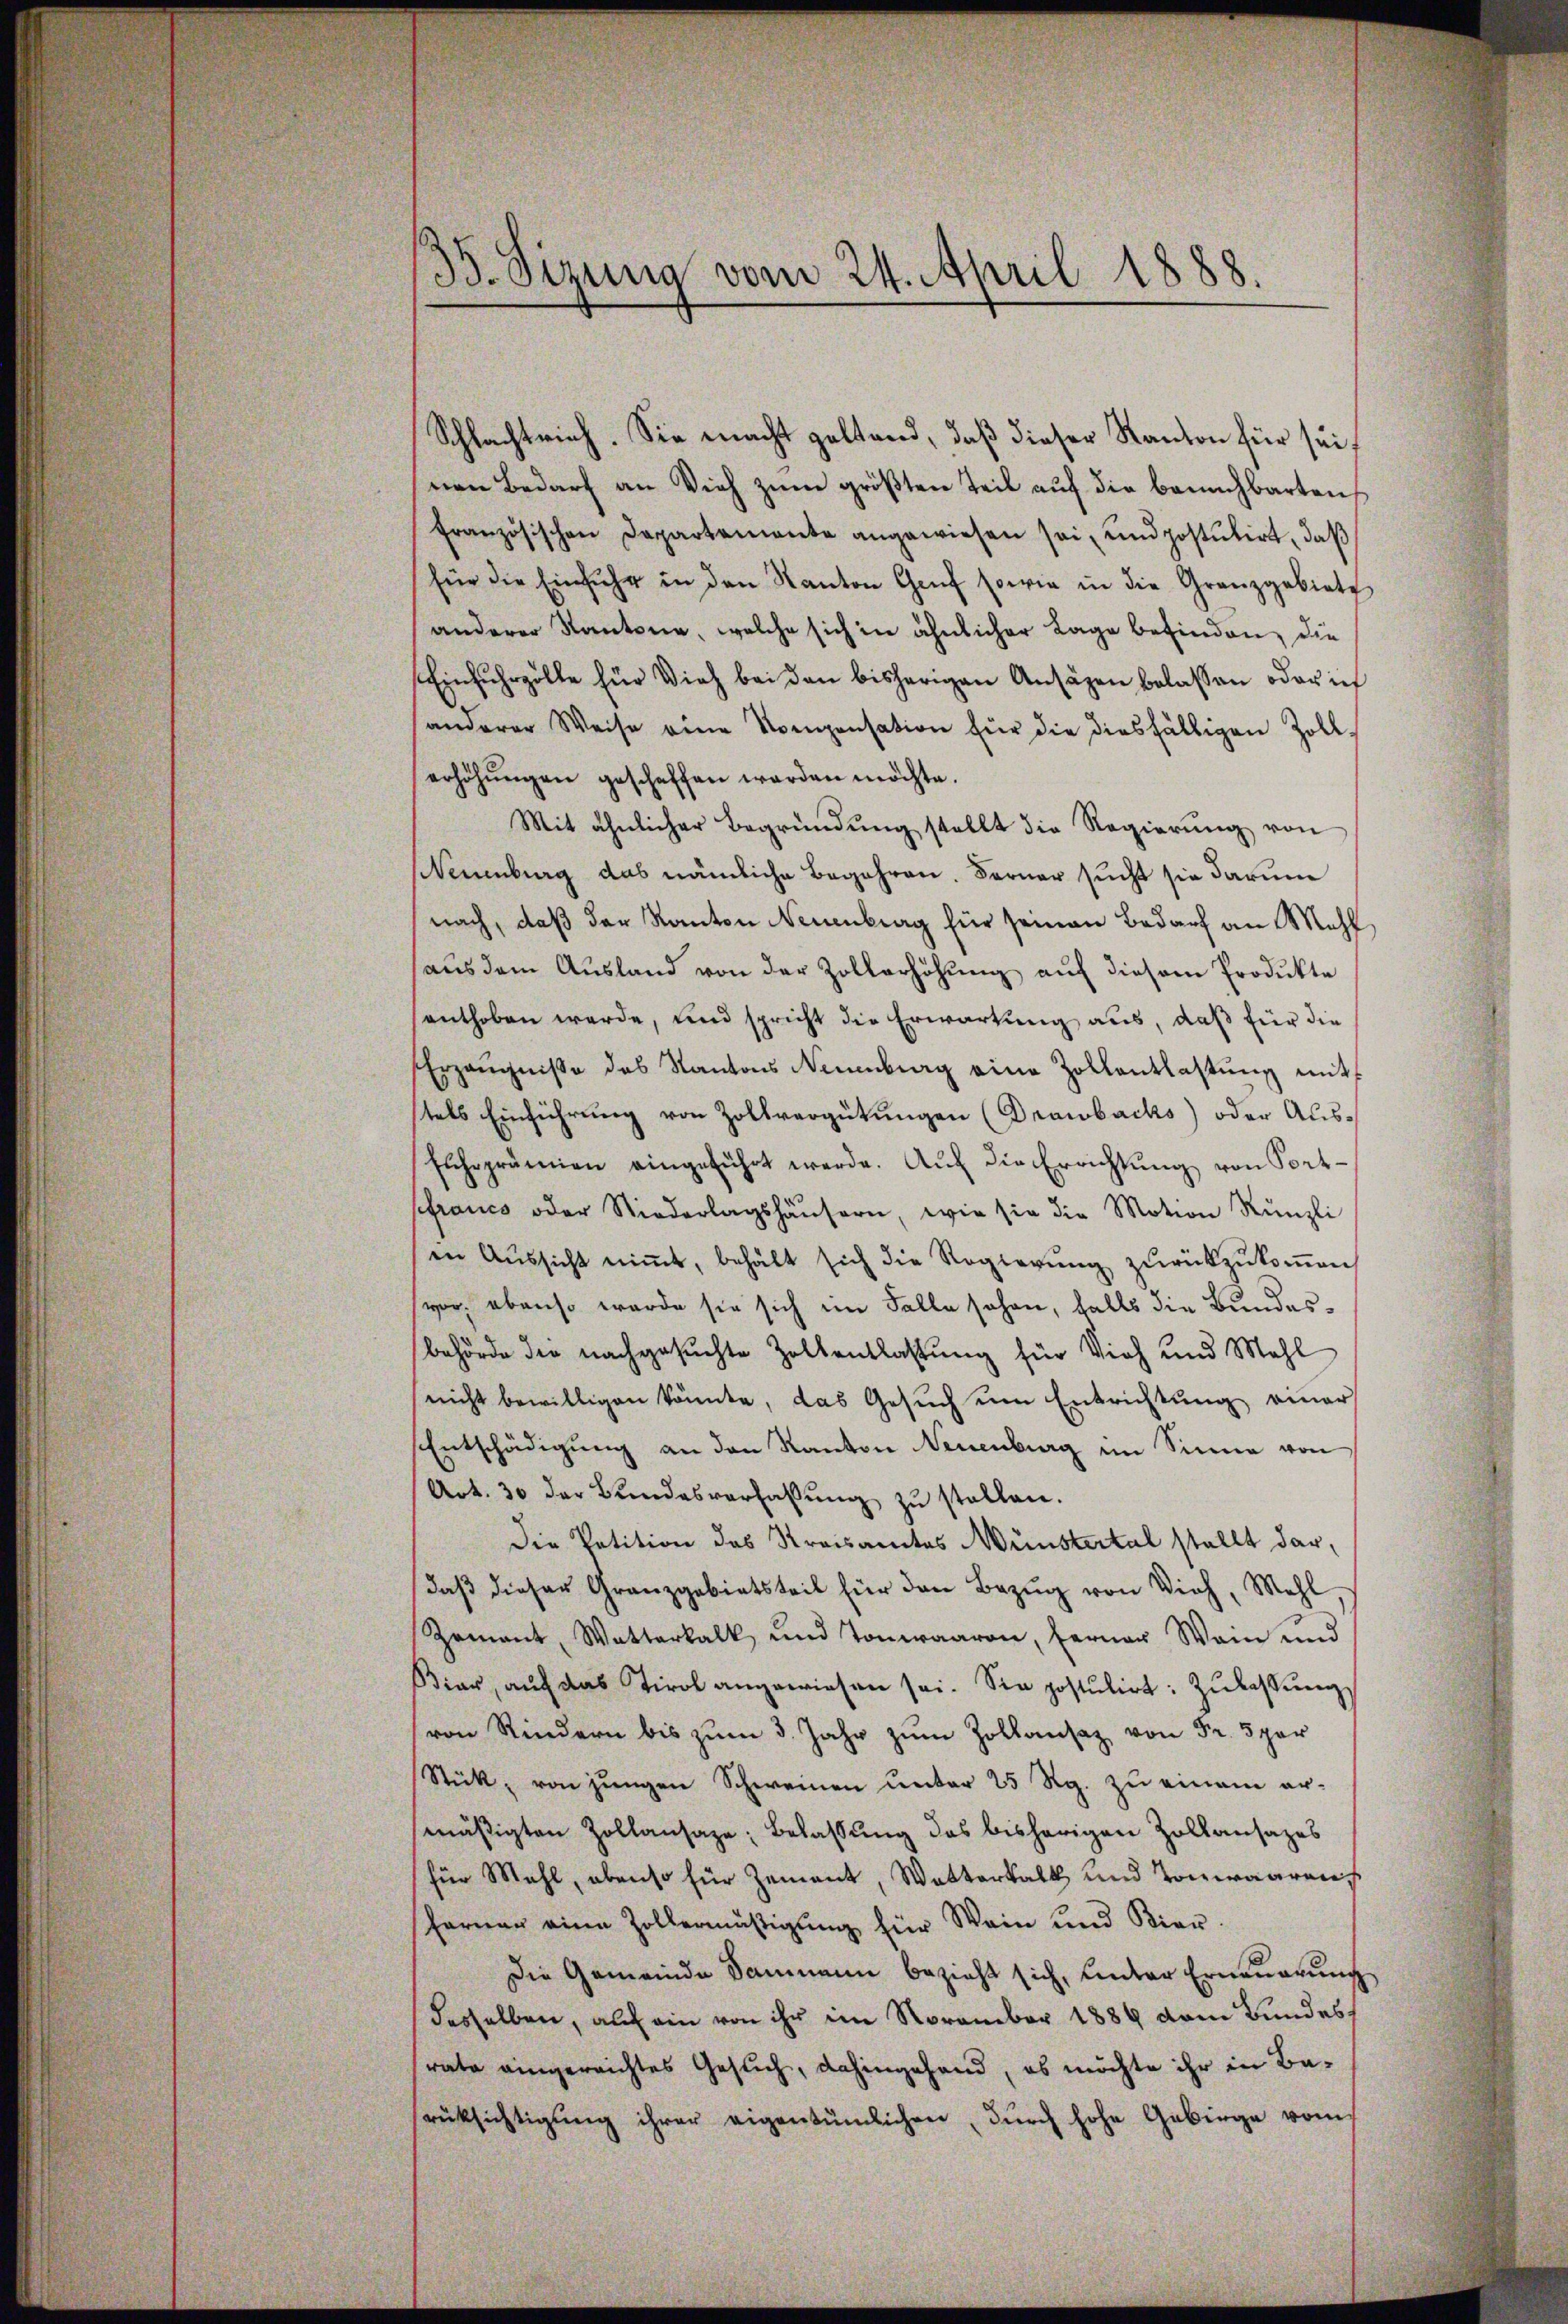
35. Sizung vom 24. April 1888.

Schlachtrich. Sie macht geltend, daß dieser Kanton für seinen Bedarf an Vieh zum größten Teil auf die benachbarten
französischen Departemente angewiesen sei, und postŭtirt, daβ
für die Einfuhr in den Kanton Genf sowie in die Granzgebiete
anderer Kantone, welche sich in ähnlicher Lage befinden, die
Einfuhrzölle für Vieh bei den bisherigen Ansäzen belassen oder ich
anderer Weise eine Kompensation für die diesfälligen Zollerhöhŭngen geschaffen werden möchte.
Mit ähnlicher Begründŭng stellt die Regierŭng von
Neuenburg das nämliche Begehren. Ferner sucht sie darum
nach, daß der Kanton Neuenburg für seinen Bedarf an Mehl
aŭs dem Aŭsland von der Zollerhöhŭng aŭf diesem Produkte
enthoben werde, und spricht die Erwartung aus, daß für die
Erzeŭgnisse des Kantons Neuenburg eine Zollantlassŭng mit
stels Einführung von Zollvergütungen (Drawbacks) oder Aus¬
Fuhrprämien eingeführt werde. Auf die Errichtung von Port¬
Pfranco oder Niederlagshäŭsern, wie sie die Motion Künzli
in Aŭssicht niṁt, behält sich die Regierŭng zurückzŭkoṁen
vor, ebenso wurde sie sich im Falle sehen, falls die Bundesbehörde die nachgesuchte Zollentlassung für Vieh und Mehl
nicht bewilligen könnte, das Gesuch um Entrichtung einer
Entschädigung an den Kanton Neuenburg im Sinne von
Art. 30 der Bŭndesverfassŭng zŭ stellen.
Die Petition des Kreisamtes Münstertal stellt dar
daβ dieser Granzgebietsteil für den Bezug von Vieh, Mehl
Zement, Watterkalk und Tonwaaren, ferner Wein und
Kiar, aŭf das Tirol angewiesen sei. Sie postulirt: Zŭlassŭng
(von Rindern bis zŭm 3. Jahr zŭm Zollansaz von Fr. 5 per
Stück, von jungen Schweinen unter 25 Rg. zu einem ermäßigten Zollansaze: Belassung das bisherigen Zollansazes
für Mahl, ebenso für Zement, Wetterkalk und Tonwaaren
ferner eine Zollermäβigŭng für Wein und Kier-
Die Gemeinde Sammann bezieht sich, unter Erneuerung
desselben, auf ein von ihr im November 1889 vom Bundes
rate eingereichtes Gesuch, dahingehand, es möchte ihr in Barüksichtigŭng ihrer eigentümlichen, dŭrch hohe Gebirge vom